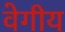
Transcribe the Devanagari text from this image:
वेगीय